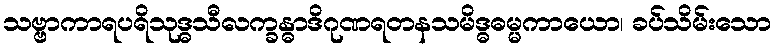
သဗ္ဗာကာရပရိသုဒ္ဓသီလက္ခန္ဓာဒိဂုဏရတနသမိဒ္ဓဓမ္မကာယော၊ ခပ်သိမ်းသော